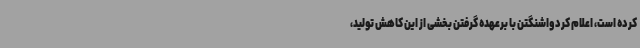
کرده است، اعلام کرد واشنگتن با برعهده گرفتن بخشی از این کاهش تولید،